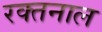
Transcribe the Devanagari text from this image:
रक्तनाल